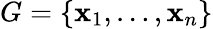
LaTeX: G=\{ \mathbf{x}_{1},\ldots,\mathbf{x}_{n}\}